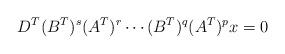
LaTeX: \begin{align*} D^T(B^T)^s(A^T)^r\cdots (B^T)^q(A^T)^p x=0\end{align*}